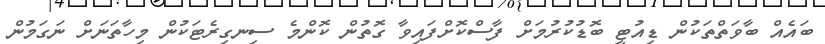
ބައެއް ބާވަތްތަކުން ޑިއުޓީ ބޮޑުކުރުމަށް ފާސްކޮށްފައިވާ ގޮތުން ކޮންމެ ސިނގިރެޓަކުން މިހާތަނަށް ނަގަމުން